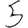
Digit: 5